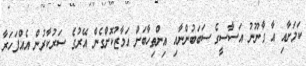
ކަމަށާއި އާ ގާނޫނު އަސާސީގެ ސަބަބުންނާއި އިންތިހާބަށް އަމާޒުކޮށްގެން އޭރުގެ ސަރުކާރުން އެއްފަހަރާ